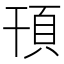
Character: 頇